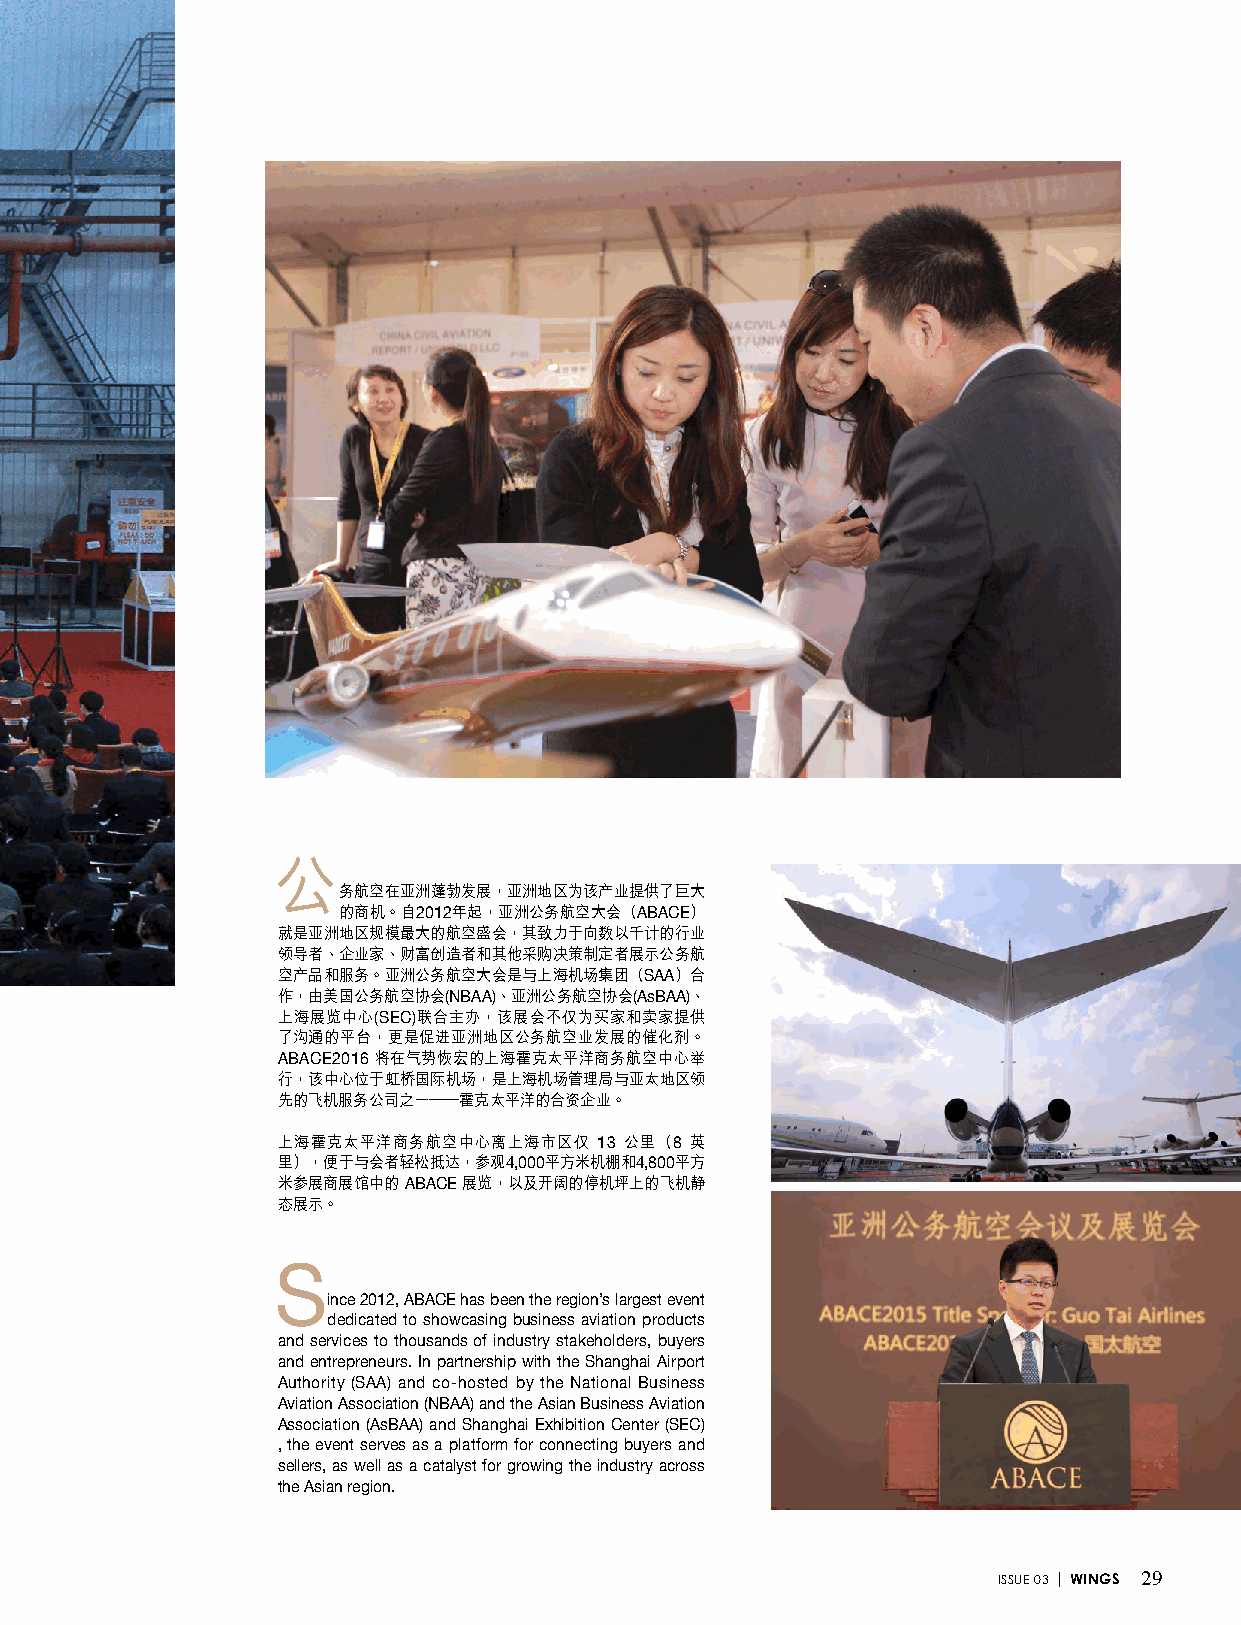
公
 務航空在亞洲蓬勃發展，亞洲地區為該產業提供了巨大
 的商機。自2012年起，亞洲公務航空大會（ABACE）
 就是亞洲地區規模最大的航空盛會，其致力於向數以千計的行業
 領導者、企業家、財富創造者和其他采購決策制定者展示公務航
 空產品和服務。亞洲公務航空大會是與上海機場集團（SAA）合
 作，由美國公務航空協會(NBAA)、亞洲公務航空協會(AsBAA)、
 上海展覽中心(SEC)聯合主辦，該展會不僅為買家和賣家提供
 了溝通的平台，更是促進亞洲地區公務航空業發展的催化劑。
 ABACE2016 將在氣勢恢宏的上海霍克太平洋商務航空中心舉
 行，該中心位於虹橋國際機場，是上海機場管理局與亞太地區領
 先的飛機服務公司之一——霍克太平洋的合資企業。
 上海霍克太平洋商務航空中心離上海市區僅  13 公裡（8 英
 裡），便於與會者輕松抵達，參觀4,000平方米機棚和4,800平方
 米參展商展館中的 ABACE 展覽，以及開闊的停機坪上的飛機靜
 態展示。
 S
 ince 2012, ABACE has been the region’s largest event
 dedicated to showcasing business aviation products
 and services to thousands of industry stakeholders, buyers
 and entrepreneurs. In partnership with the Shanghai Airport
 Authority (SAA) and co-hosted by the National Business
 Aviation Association (NBAA) and the Asian Business Aviation
 Association (AsBAA) and Shanghai Exhibition Center (SEC)
 , the event serves as a platform for connecting buyers and
 sellers, as well as a catalyst for growing the industry across
 the Asian region.
 ISSUE 03 | WINGS 29